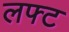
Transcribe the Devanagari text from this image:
लफ्ट